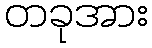
တခုအား